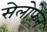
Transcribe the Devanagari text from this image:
सेलोफ़ेन